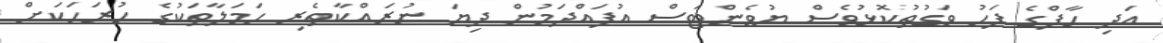
އަދި ހާފްގެ ފަހު ވަގުތުކޮޅުވެސް ޔުވެންޓަސް އުފައްދަމުން ދިޔަ ނުރައްކާތެރި ހަމަލާތަކުގެ ހުރަހަކަށް